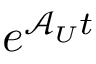
e ^ { \mathcal { A } _ { U } t }